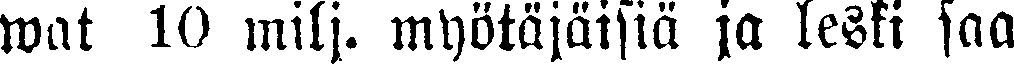
wat 10 milj. myötäjäisiä ja leski saa